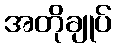
အတိုချုပ်